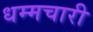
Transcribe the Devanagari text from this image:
धम्मचारी